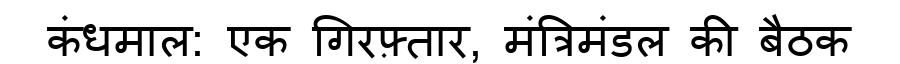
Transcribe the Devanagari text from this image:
कंधमाल: एक गिरफ़्तार, मंत्रिमंडल की बैठक